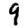
Digit: 9